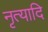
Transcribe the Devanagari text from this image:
नृत्यादि